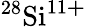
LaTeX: ^{28}\mathrm{Si}^{11\mathbf{+}}